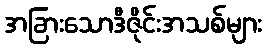
အခြားသောဒီဇိုင်းအသစ်များ